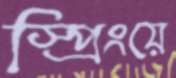
স্প্রিংয়ে